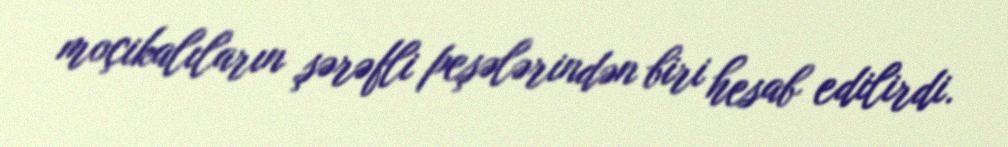
moçikalıların şərəfli peşələrindən biri hesab edilirdi.